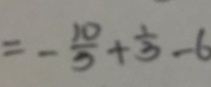
= - \frac { 1 0 } { 3 } + \frac { 1 } { 3 } - 6